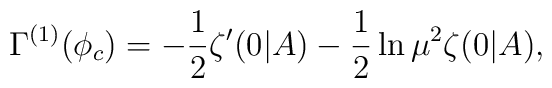
\Gamma^{(1)}(\phi_c) = -\frac12 \zeta'(0|A) -\frac12 \ln \mu^2 \zeta(0|A),